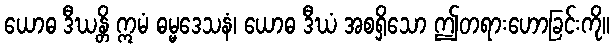
ယောဓ ဒီဃန္တိ ဣမံ ဓမ္မဒေသနံ၊ ယောဓ ဒီဃံ အစရှိသော ဤတရားဟောခြင်းကို။